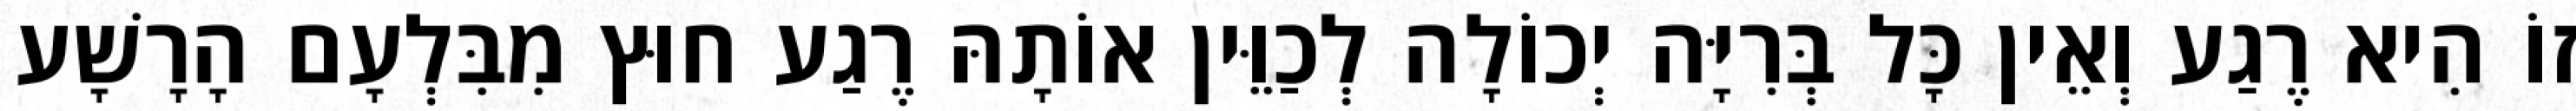
זוֹ הִיא רֶגַע וְאֵין כָּל בְּרִיָּה יְכוֹלָה לְכַוֵּין אוֹתָהּ רֶגַע חוּץ מִבִּלְעָם הָרָשָׁע